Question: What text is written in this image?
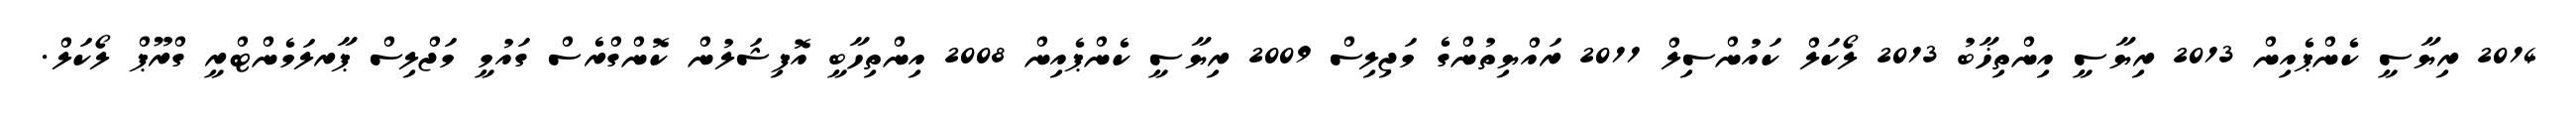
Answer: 2014 ރިޔާސީ ކެންޕެއިން 2013 ރިޔާސީ އިންތިޚާބު 2013 ލޯކަލް ކައުންސިލް 2011 ރައްޔިތުންގެ މަޖިލިސް 2009 ރިޔާސީ ކެންޕެއިން 2008 އިންތިހާބީ އޮފިޝަލުން ކޮންގްރެސް ގައުމީ މަޖްލިސް ޕާރލަމެންޓްރީ ގްރޫޕް ލޯކަލް.